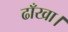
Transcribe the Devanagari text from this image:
ढाँखा।